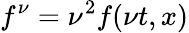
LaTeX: f^{\nu}=\nu^{2}f(\nu t,x)